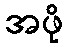
အဖို